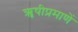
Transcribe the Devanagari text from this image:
ॠषीप्रमाणें